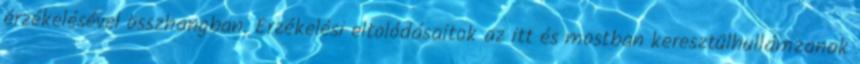
érzékelésével összhangban. Érzékelési eltolódásaitok az itt és mostban keresztülhullámzanak